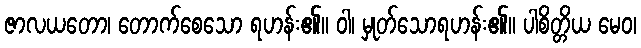
ဇာလယတော၊ တောက်စေသော ရဟန်း၏။ ဝါ၊ မှုတ်သောရဟန်း၏။ ပါစိတ္တိယ မေဝ၊